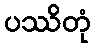
ပဿိတုံ